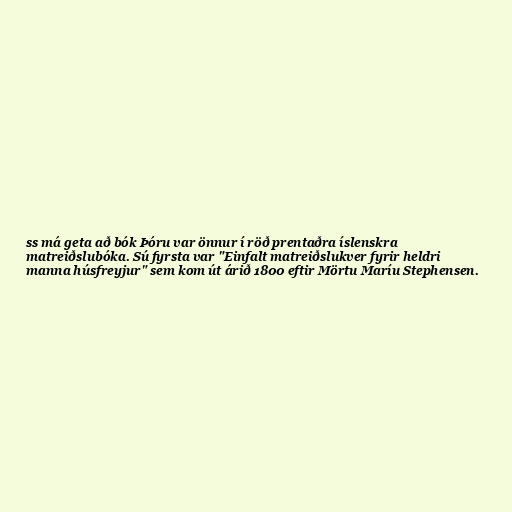
ss má geta að bók Þóru var önnur í röð prentaðra íslenskra
matreiðslubóka. Sú fyrsta var "Einfalt matreiðslukver fyrir heldri
manna húsfreyjur" sem kom út árið 1800 eftir Mörtu Maríu Stephensen.